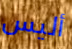
أليس